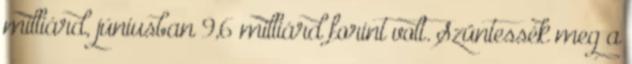
milliárd, júniusban 9,6 milliárd forint volt. Szüntessék meg a